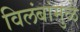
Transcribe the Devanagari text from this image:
विलंबांमुळे